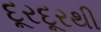
દૂરદૂરથી